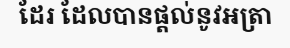
ដែរ ដែលបានផ្តល់នូវអត្រា